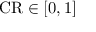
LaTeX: { \mathrm { C R } } \in [ 0 , 1 ]